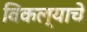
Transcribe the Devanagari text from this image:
विकल्याचे